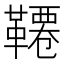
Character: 𩌷